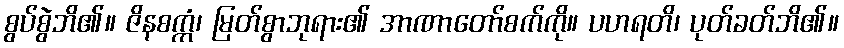
စွပ်စွဲဘိ၏။ ဇိနစက္ကံ၊ မြတ်စွာဘုရား၏ အာဏာတော်စက်ကို။ ပဟရတိ၊ ပုတ်ခတ်ဘိ၏။